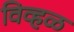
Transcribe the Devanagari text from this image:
विव्हळ